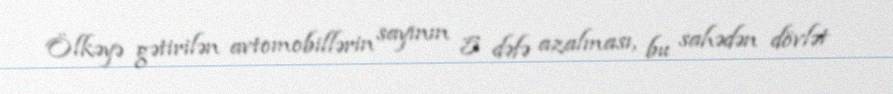
Ölkəyə gətirilən avtomobillərin sayının 5 dəfə azalması, bu sahədən dövlət